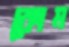
কোম